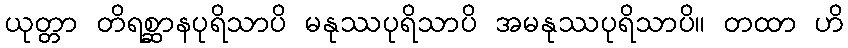
ယုတ္တာ တိရစ္ဆာနပုရိသာပိ မနုဿပုရိသာပိ အမနုဿပုရိသာပိ။ တထာ ဟိ